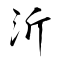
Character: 沂